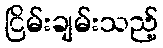
ငြိမ်းချမ်းသည့်